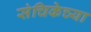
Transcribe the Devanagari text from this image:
संचिकेच्या